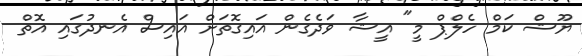
ޔޫޝް ކަމް ހެލްޕް މީ" އީޝާ ވަދެގެން އައިގޮތަށް އައިސް އެނދުގައި އޮތް